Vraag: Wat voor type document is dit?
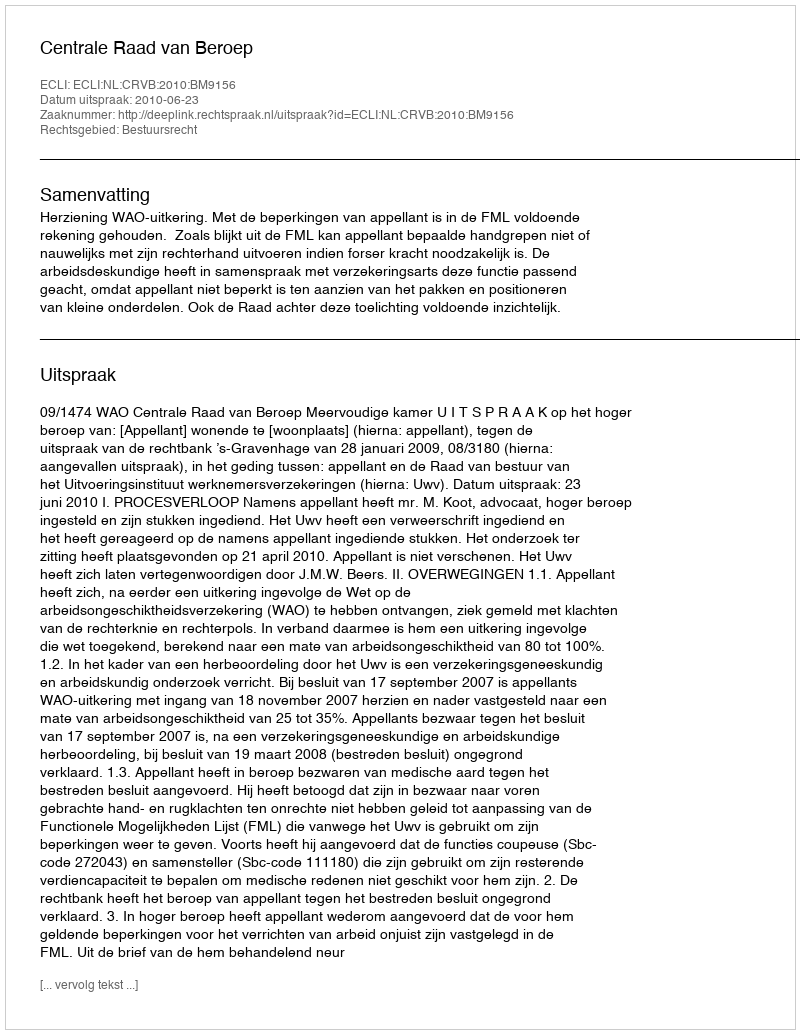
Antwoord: Uitspraak